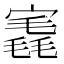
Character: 𡪣